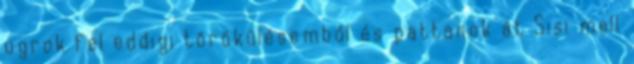
ugrok fel eddigi törökülésemből és pattanok át Sisi mell